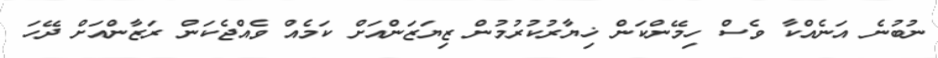
ނުބުނެ އަނެއްކާ ވެސް ހިމޭންކަން ޚިޔާރުކުރުމުން ޒިޔަޒަންއަށް ކަމެއް ވެއްޖެކަން ރަޒާންއަށް ދޭހަ